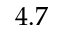
4 . 7